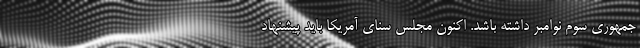
جمهوری سوم نوامبر داشته باشد. اکنون مجلس سنای آمریکا باید پیشنهاد